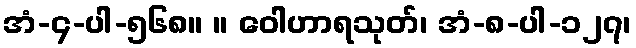
အံ-၄-ပါ-၅၆၈။ ။ ဝေါဟာရသုတ်၊ အံ-၈-ပါ-၁၂၇၊